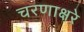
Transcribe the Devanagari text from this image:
चरणाक्षरे